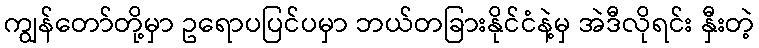
ကျွန်တော်တို့မှာ ဥရောပပြင်ပမှာ ဘယ်တခြားနိုင်ငံနဲ့မှ အဲဒီလိုရင်း နှီးတဲ့